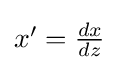
{\textstyle x^{\prime }={dx \over dz}}